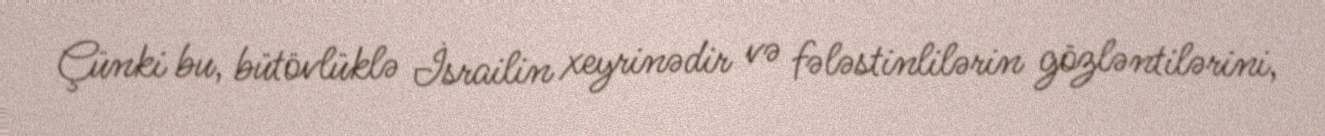
Çünki bu, bütövlüklə İsrailin xeyrinədir və fələstinlilərin gözləntilərini,